Jaan_Tonisson_(Lasteleht), lk 547
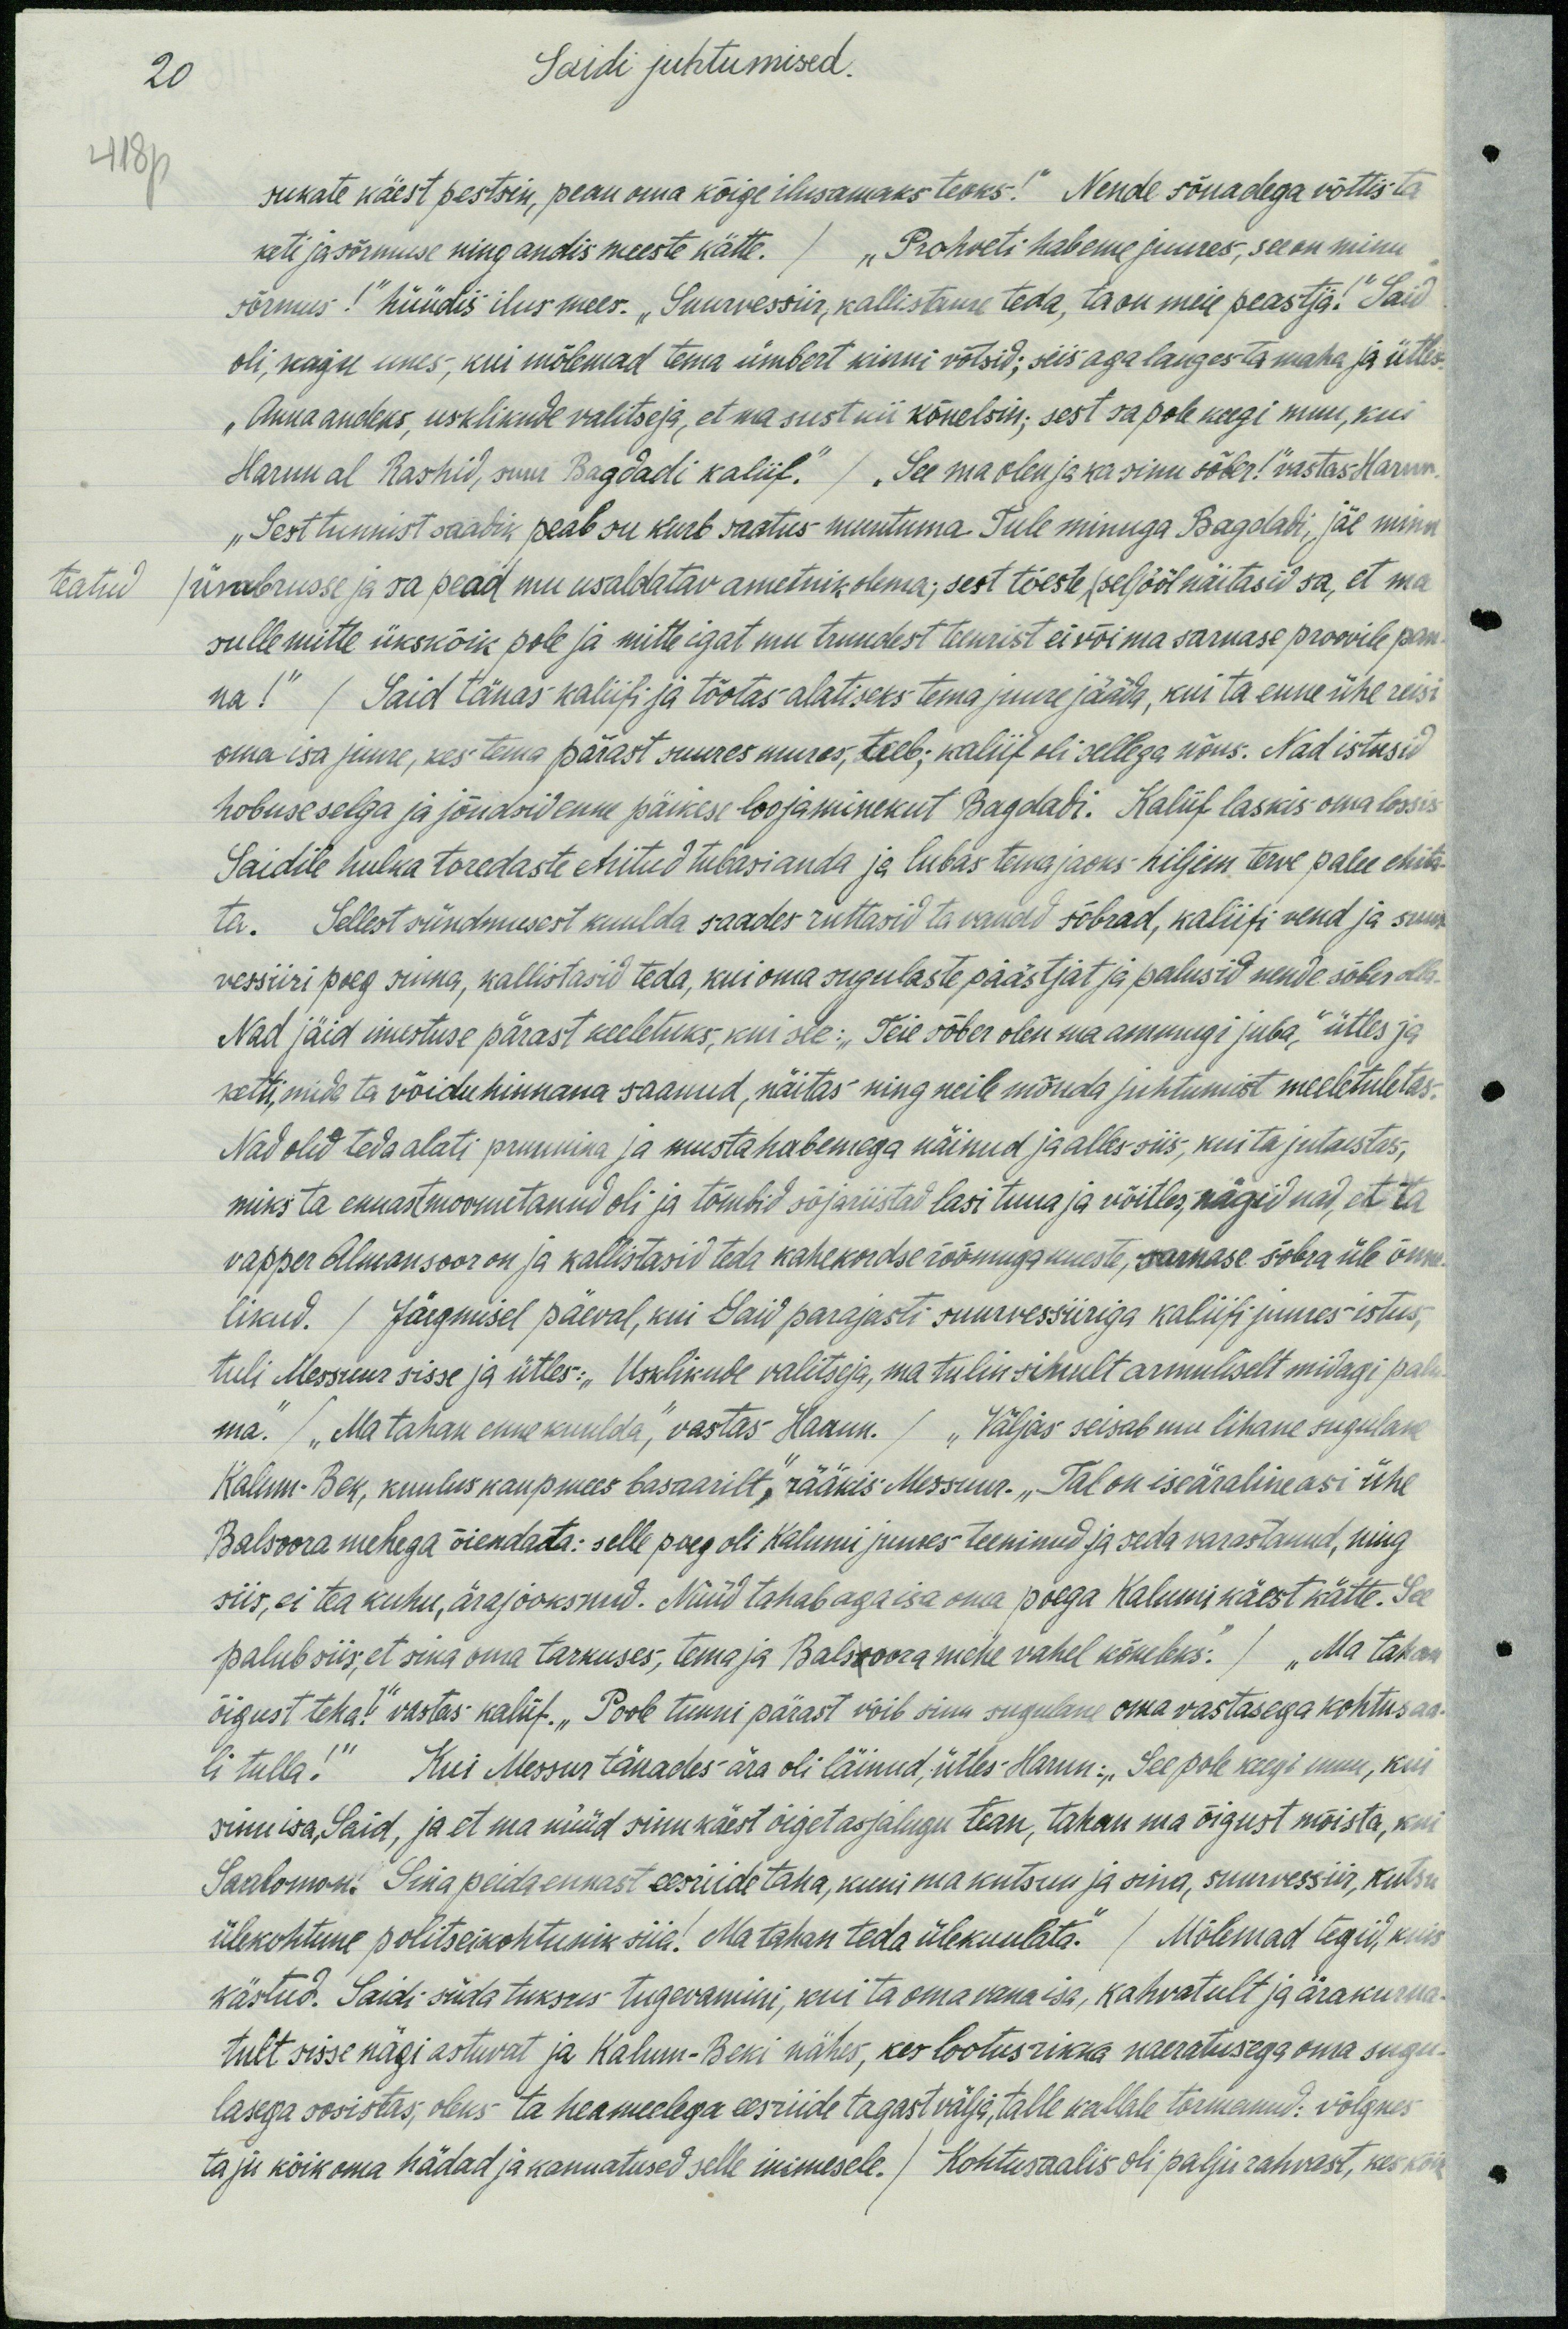
20
Saidi juhtumised.
48p
sukate käest pestsin, pean oma kõige ilusamaks teoks!" Nende sõnadega võttis ta
keti ja sõrmuse ning andis meeste kätte. / "Prohveti habeme juures, see on minu
sõrmus!" hüüdis ilus mees. „Suurvessiir, kallistame teda, ta on meie peastja!" Said
oli, nagu unes, kui mõlemad tema ümbert kinni võtsid; siis aga langes ta maha ja ütles-
„Anna andeks, usklikude valitseja, et ma sust nii kõnelsin; sest sa pole keegi muu, kui
Harun al Rashid, suur Bagdadi kaliif." /See ma olen ja ka sinu sõber!“ vastas Harun.
"Sest tunnist saadik peab su kurb saatus muutuma. Tule minuga Bagdadi, jäe minu
teatud ümbrusse ja sa pead mu usaldatav ametnik olema; sest tõeste (sel) ööl näitasid sa, et ma
sulle mitte üksnõik pole ja mitte igat mu truudest teenrist ei või ma sarnase proovile pan-
na!" / Said tänas kaliifi ja tõotas alatiseks tema juure jääda, kui ta enne ühe reisi
oma isa juure, kes tema pärast suures mures, teeb; kaliif oli sellega nõus. Nad istusid
hobuse selga ja jõudsid enne päikese loojaminekut Bagdadi. Kaliif laskis oma lossis
Saidile hulka toredaste ehitud tubasi anda ja lubas tema jaoks hiljem terve palvee ehita-
ta. Sellest sündmuest kuulda saades ruttasid ta vanad sõbrad, kaliifi vend ja suur
vessiiri poeg sinna, kallistasid teda, kui oma sugulaste päästjat ja palusid nende sõber olla
Nad jäid imestuse pärast keeletuks, kui see: "Teie sõber olen ma ammugi juba," ütles ja
kett, mida ta võidu hinnana saanud, näitas ning neile mõnda juhtumist meeletuletas.
Nad olid teda alati pruunina ja mustahabemaga näinud ja alles siis, kui ta jutustas,
miks ta ennastmoonutanud oli ja tömbid sõjariistad lasi tuua ja võitles, nägid nad, et ta
vapper Almansoor on ja kallistasid teda kahekordse rõõmuga uueste, sarnase sõbra üle õnne-
likud. /Järgmisel päeval, kui Said parajasti suurvessiiriga kaliifi juures istus,
tuli Messuur sisse ja ütles: "Usklikude valitseja, ma tulin sinult armuliselt midagi palu
ma. / Ma tahan enne kuulda", vastas Harun. /„Väljas seisab mu lihane sugulane
Kalum-Bek, kuulus kaupmees basaarilt," rääkis Messuur. „Tal on iseäraline asi ühe
Balsoora mehega õiendata: selle poeg oli Kalumi juures teeninud ja seda varastanud, ning
siis, ei tea kuhu, ära jooksnud. Nüüd tahab aga isa oma poega Kalumi käest kätte. See
palub siis, et sina oma tarkuses, tema ja Balsoora mehe vahel kõneleks!" / Ma tahana
õigust teha." vastas kaliif. "Poole tunni pärast võib sinu sugulane oma vastasega kohtusaa
li tulla!" Kui Messur tänades ära oli läinud, ütles Harun: „See pole keegi muu, kui
sinu isa,  Said, ja et ma nüüd sinu käest õiget asjalugu tean, tahan ma õigust mõista, kui
Saalomon: Sina peida ennast eesiide taha, kuni ma kutsun ja sina, suurvessiir, kutsu
ülekohtune politseikohtunik siia. Ma tahan teda ülekuulata." / Mõlemad tegid, kuis
kästud. Saidi süda tuksus tugevamini, kui ta oma vana isa, kahvatult ja ärakurna-
tult sisse nägi astuvat ja Kalum-Beki nähes, kes lootusrikka naeratusega oma sugu
lasega sosistas, oleks ta heameelega eesriide tagast välja, talle kallale tormanud: võlgnes
ta ju kõik oma hädad ja kannatused selle inimesele. / Kohtusaalis oli palju rahvast, kes kõik